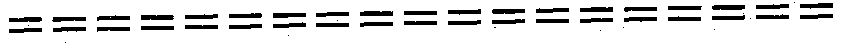
===================